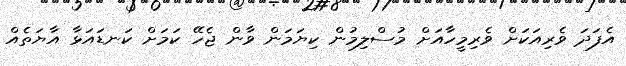
އެފަދަ ވެރިއަކަށް ވެރިމީހާއަށް މުސްލިމުން ކިޔަމަން ވާން ޖެހޭ ކަމަށް ކަނޑައަޅާ އާޔަތެއް